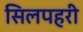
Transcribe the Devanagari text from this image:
सिलपहरी